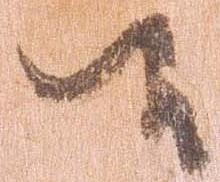
候